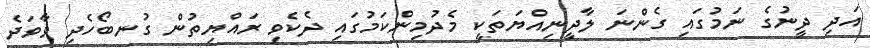
އަދި ދީނުގެ ނަމުގައި ގެންނަ ލާދީނިއްޔަތަކީ މެދުމިންކަމުގައި ދެކެވި ރައްޔިތުން ގުނބޯހެދި ވާވަދެ